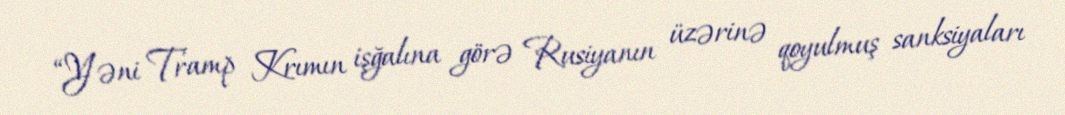
“Yəni Tramp Krımın işğalına görə Rusiyanın üzərinə qoyulmuş sanksiyaları